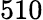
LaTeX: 510